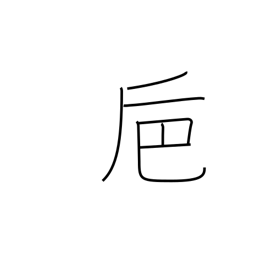
Meaning: large winecup